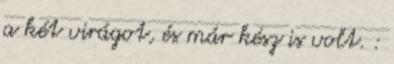
a két virágot, és már kész is volt. :